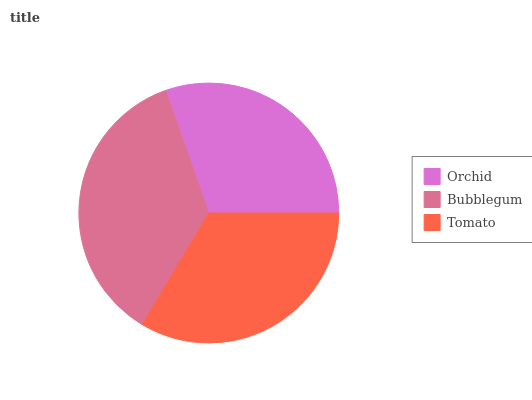
| Orchid | Bubblegum | Tomato |
 | --- | --- | --- |
 | 30.4% | 36% | 33.6% |